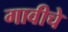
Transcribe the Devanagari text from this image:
गावीचे